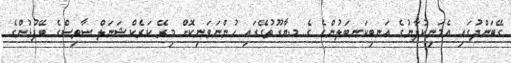
ގޭބަންދުގައި އެމަނިކުފާނުގެ އަނބިކަނބަލުންގެ ގެ މ.ޔާގޫތުގޭގައި ހުންނަވަނިކޮށް މިރޭ ކަރެކްޝަނަލް ސާވިސްގެ ބޭފުޅުންގެ